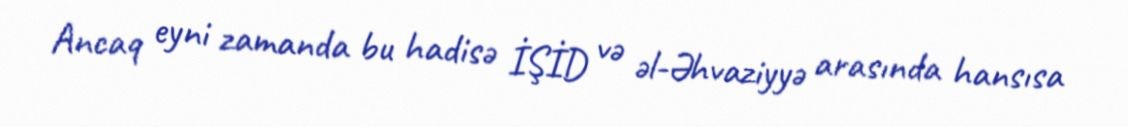
Ancaq eyni zamanda bu hadisə İŞİD və əl-Əhvaziyyə arasında hansısa